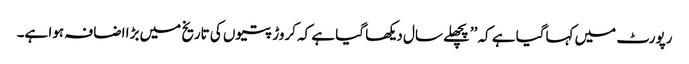
رپورٹ میں کہاگیا ہے کہ ’’پچھلے سال دیکھا گیا ہے کہ کروڑ پتیوں کی تاریخ میں بڑا اضافہ ہوا ہے۔